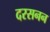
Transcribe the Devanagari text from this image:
दरसनन